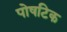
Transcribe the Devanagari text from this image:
पोषटिक